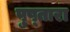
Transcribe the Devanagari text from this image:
पुष्तारा